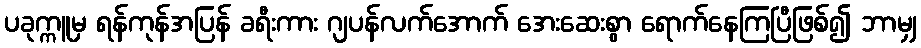
ပခုက္ကူမှ ရန်ကုန်အပြန် ခရီးကား ဂျပန်လက်အောက် အေးဆေးစွာ ရောက်နေကြပြီဖြစ်၍ ဘာမျှ